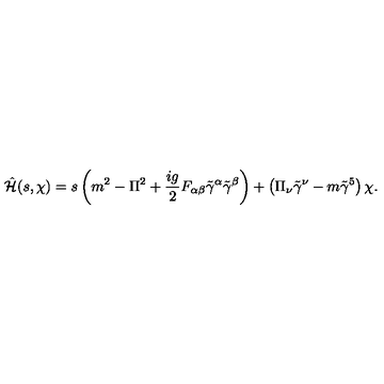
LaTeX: \hat { { \cal H } } ( s , \chi ) = s \left( m ^ { 2 } - \Pi ^ { 2 } + \frac { i g } { 2 } F _ { \alpha \beta } \tilde { \gamma } ^ { \alpha } \tilde { \gamma } ^ { \beta } \right) + \left( \Pi _ { \nu } \tilde { \gamma } ^ { \nu } - m \tilde { \gamma } ^ { 5 } \right) \chi .